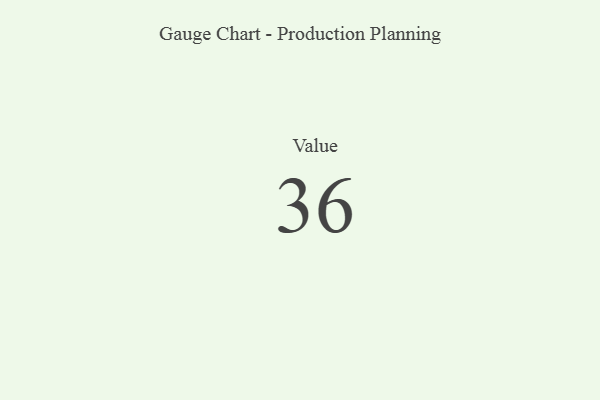
{"axis": {"x": "Metric", "y": "Value"}, "legend": [""], "data": [{"x": "Value", "y": 36, "type": ""}]}